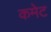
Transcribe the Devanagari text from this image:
कमेट